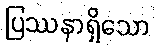
ပြဿနာရှိသော